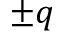
\pm q